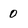
Character: 0